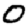
Digit: 0